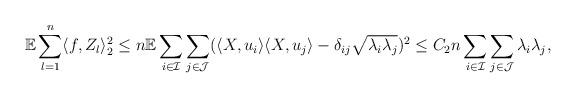
LaTeX: \begin{align*}\mathbb{E} \sum_{l = 1}^n \langle f, Z_l \rangle_2^2\leq n\mathbb{E}\sum_{i \in \mathcal{I}}\sum_{j \in \mathcal{J}} (\langle X, u_i \rangle \langle X, u_j \rangle - \delta_{ij}\sqrt{\lambda_i \lambda_j})^2 \leq C_2 n \sum_{i \in \mathcal{I}}\sum_{j \in \mathcal{J}} \lambda_i \lambda_j,\end{align*}